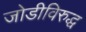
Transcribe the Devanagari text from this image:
जोडीविरुद्ध